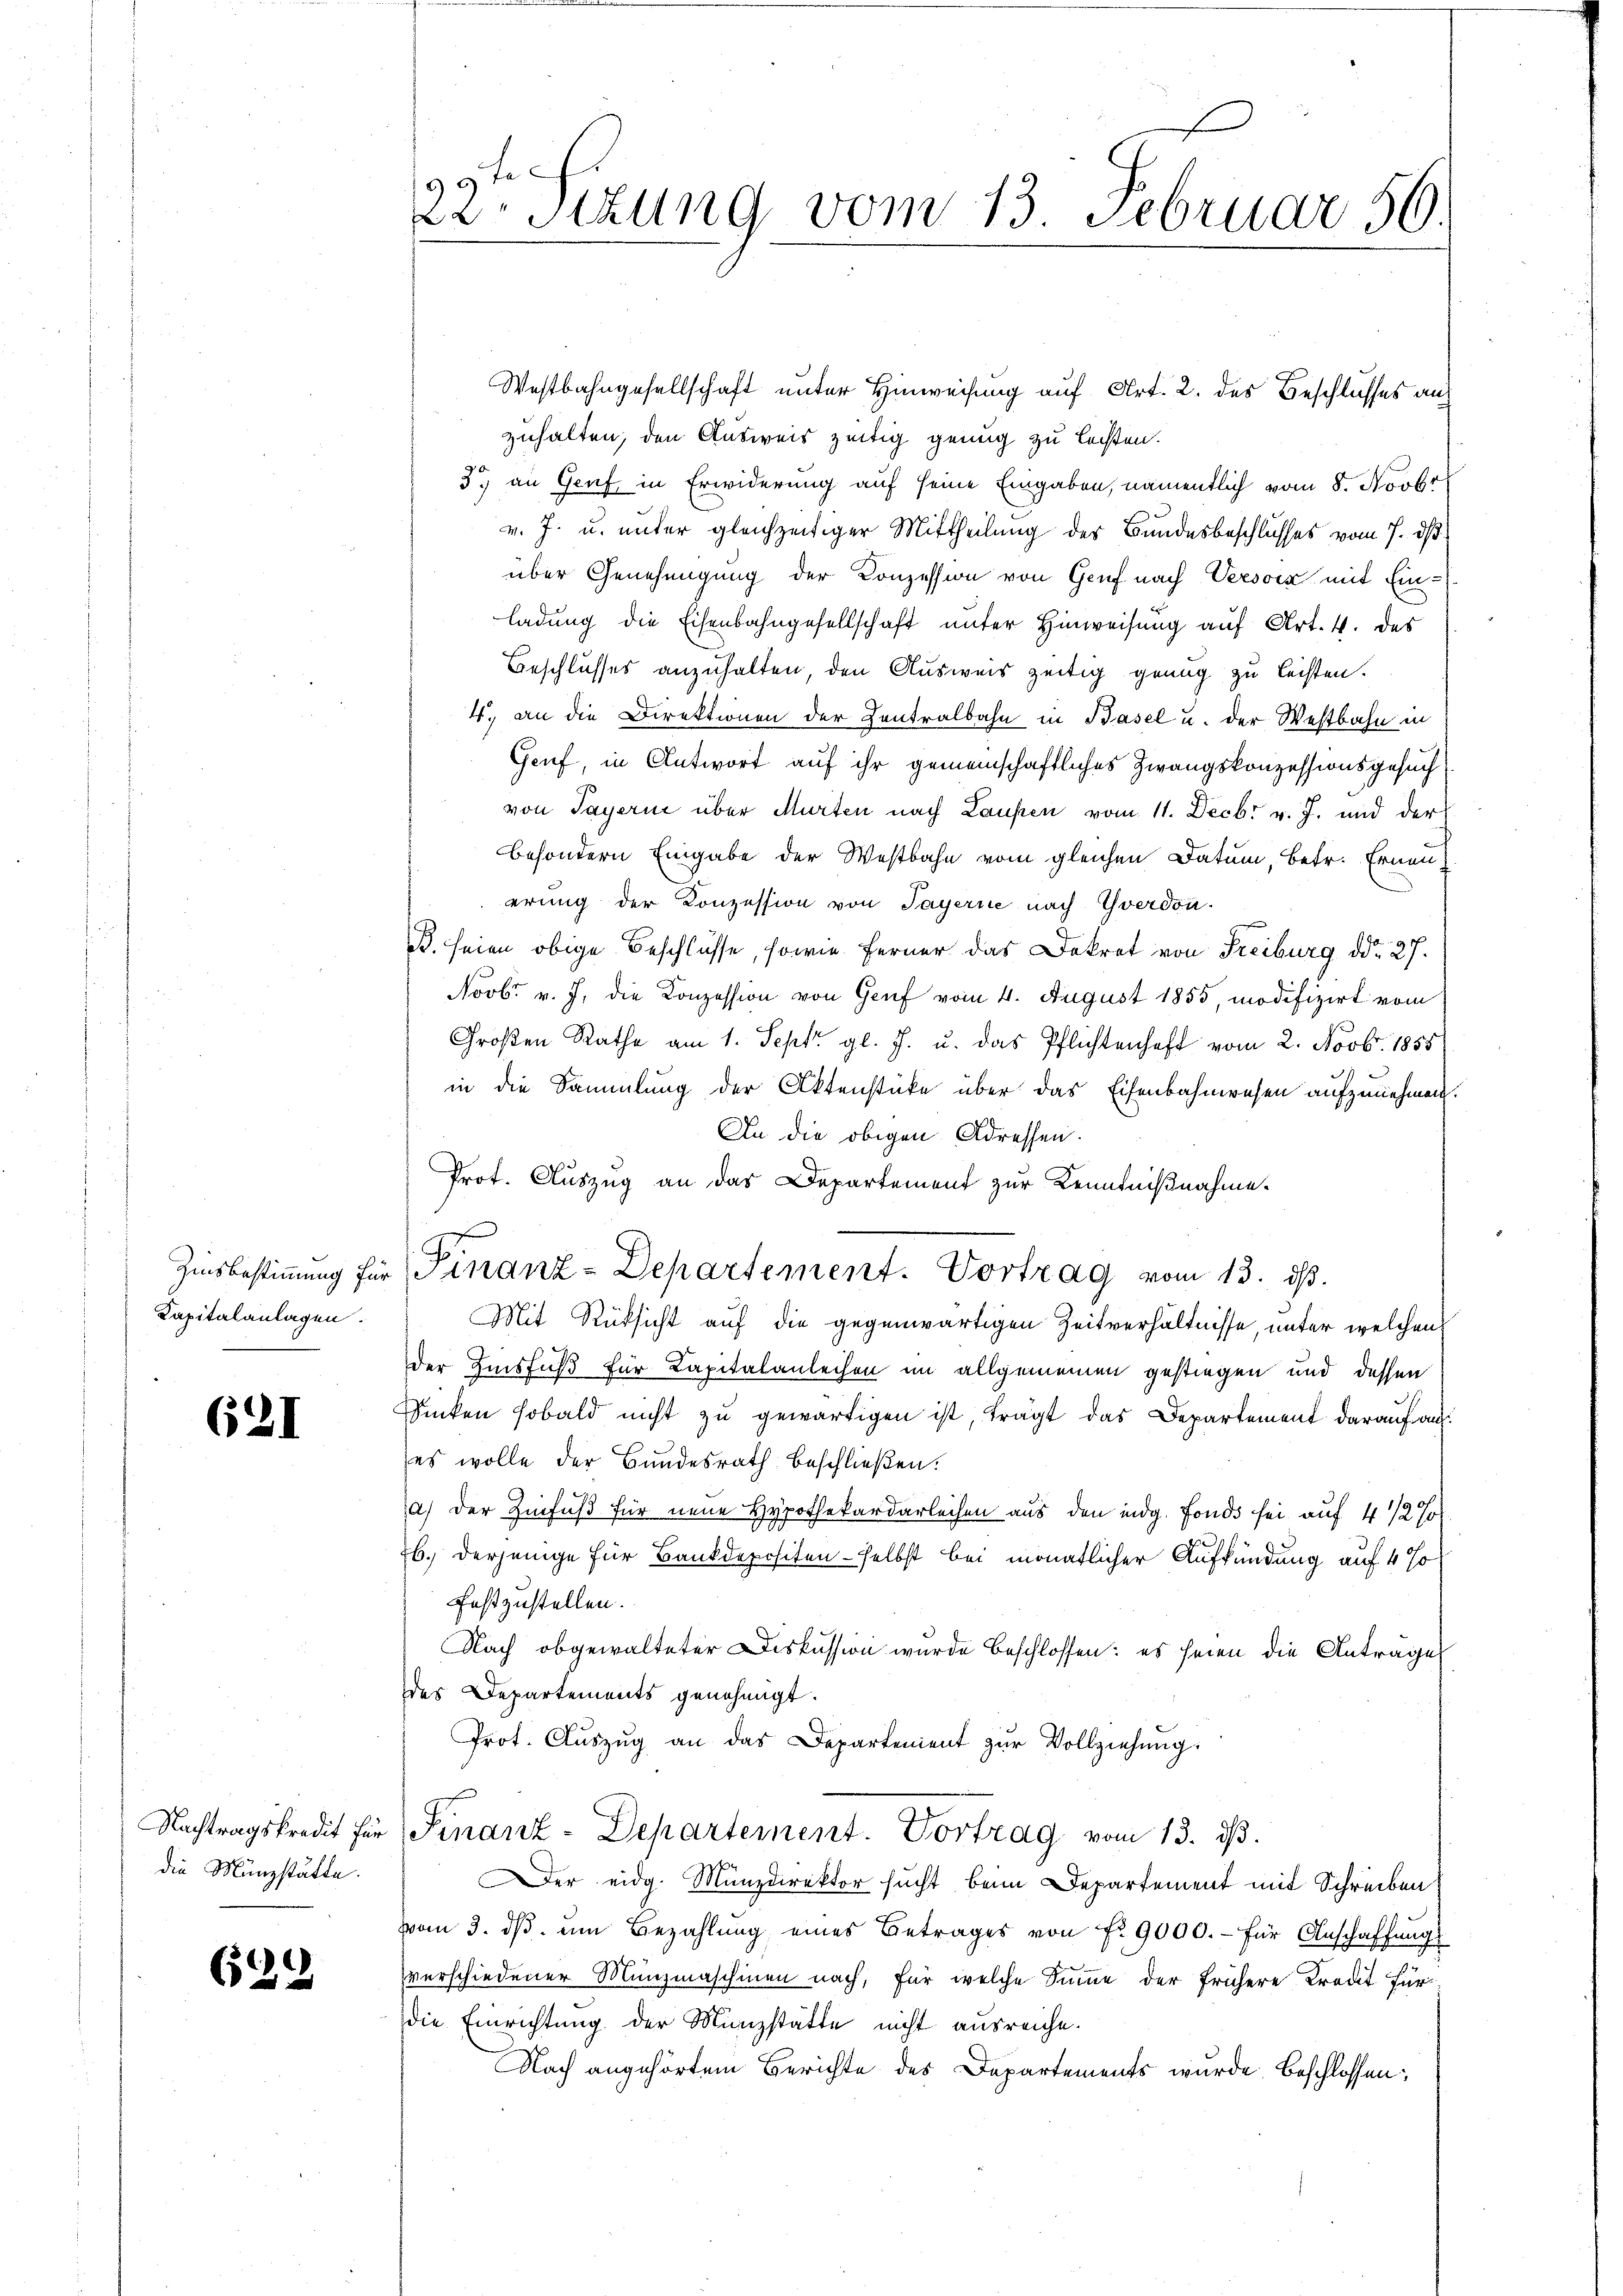
Kapitalanlagen.

621

Nachtragskredit für
die Münzstätte.

(529

99te
esizung vom 13. Februar 50.

Westbahngesellschaft unter Hinweisung auf Art. 2. des Beschlusses aus
zuhalten, den Ausweis zeitig genug zu leisten.
3.) an Genf in Erwiderung auf seine Eingaben, namentlich vom 8. Novbr
v. J. u. unter gleichzeitiger Mittheilung des Bundesbeschlusses vom 7. ds
über Genehmigung der Conzession von Genf nach Versoix mit Einladung die Eisenbahngesellschaft unter Hinweisung auf Art. 4. des
Beschlusses anzuhalten, den Ausweis zeitig genug zu leisten.
4., an die Direktionen der Zentralbahn in Basel u. der Westbahn in
Genf, in Antwort auf ihr gemeinschaftliches Zwangskonzessionsgesuch
von Payerne über Murten nach Laufen vom 11. Decbr v. J. und der
besondern Eingabe der Westbahn vom gleichen Datum, betr. Erneu
erung der Konzession von Payerne nach Yverdon.
B. seien obige Beschlüsse, sowie ferner das Dekret von Freiburg ddo 27.
Novbr. v. J. die Konzession von Genf vom 4. August 1855, modifizirt vom
Großen Rathe am 1. Sept gl. J. u. das Pflichtenhaft vom 2. Novbr. 1855
in die Sammlung der Aktenstücke über das Eisenbahnwesen aufzunehmen.
An die obigen Adressen.
Prot. Auszug an das Departement zur Kenntnißnahme.
Zinsbestimmung für Finanz-Departement. Vortrag vom 13. ds.
Mit Rücksicht auf die gegenwärtigen Zeitverhältnisse, unter welchen
der Zinsfuß für Capitalanleihen im allgemeinen gestiegen und dessen
Sicken sobald nicht zu gewärtigen ist, trägt das Departement darauf auf
es wolle der Bundesrath beschließen:
a) der Zinfuß für neue Hypothekardarleihen aus den indg. Fonds sei auf 4 1/2 J
b. derjenige für Bankdepositen selbst bei monatlicher Aufkündung auf 4 %
festzustellen.
Nach obgewalteter Diskussion wurde beschlossen: es seien die Anträge
des Departements genehmigt.
Prot. Aŭszŭg an das Departement zŭr Vollziehung.
Finanz-Departement. Vortrag vom 13. dß.
er eidg. Münzdirektor sucht beim Departement mit Schreiben
vom 3. dβ. um Bezahlung eines Betrages von fr. 9000.- für Anschaffung
verschiedener Munzmaschinen nach, für welche Summe der frühere Kredit für
die Einrichtung der Münzstätte nicht ausreiche.
Nach angehörtem Berichte des Departements wurde. Beschlossen: